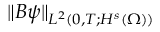
\lVert B \psi \rVert _ { L ^ { 2 } ( 0 , T ; H ^ { s } ( \Omega ) ) }